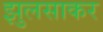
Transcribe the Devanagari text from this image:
झुलसाकर